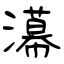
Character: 濗